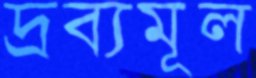
দ্রব্যমূল